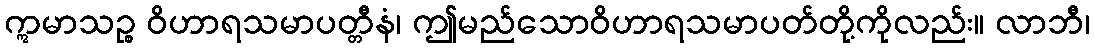
ဣမာသဉ္စ ဝိဟာရသမာပတ္တီနံ၊ ဤမည်သောဝိဟာရသမာပတ်တို့ကိုလည်း။ လာဘီ၊